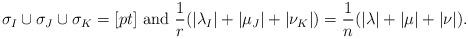
LaTeX: \begin{align*} \sigma_I \cup \sigma_J \cup \sigma_K = [pt] \mbox{ and } \frac 1r (|\lambda_I| + |\mu_J| + |\nu_K|) = \frac 1n (|\lambda| + |\mu| + |\nu|).\end{align*}